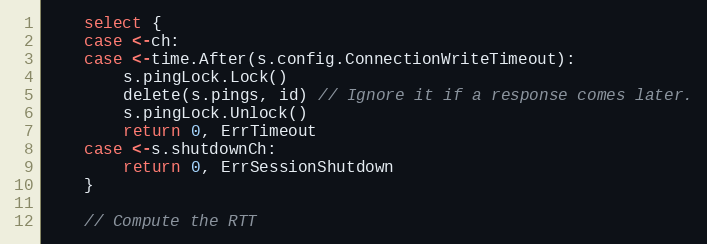
Language: Go
	select {
	case <-ch:
	case <-time.After(s.config.ConnectionWriteTimeout):
		s.pingLock.Lock()
		delete(s.pings, id) // Ignore it if a response comes later.
		s.pingLock.Unlock()
		return 0, ErrTimeout
	case <-s.shutdownCh:
		return 0, ErrSessionShutdown
	}

	// Compute the RTT